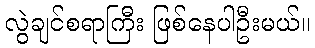
လွဲချင်စရာကြီး ဖြစ်နေပါဦးမယ်။